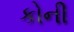
કોની